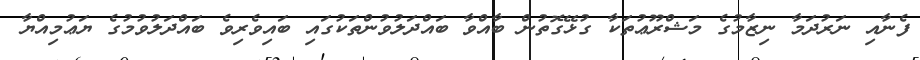
ފެނާއި ނަރުދަމާ ނިޒާމުގެ މަޝްރޫޢުތަކާ ގުޅޭގޮތުން ބާއްވާ ބައްދަލުވުންތަކުގައި ބައިވެރިވެ ބައްދަލުވުމުގެ ޔަޢުމިއްޔާ